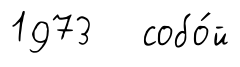
1973 собо́й